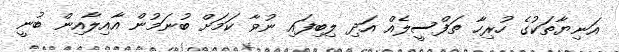
އަނިޔާތަކުގެ ހުރިހާ ތަފްސީލެއް އަދި ލިބިފައި ނުވާ ކަމަށް ބުނަމުން އާއިލާއިން ބުނީ